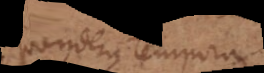
pondera, tempora,